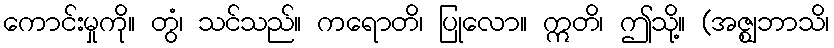
ကောင်းမှုကို။ တွံ၊ သင်သည်။ ကရောတိ၊ ပြုလော။ ဣတိ၊ ဤသို့။ (အဇ္ဈဘာသိ၊